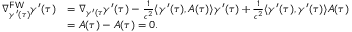
\begin{array} { r l } { \nabla _ { \gamma ^ { \prime } ( \tau ) } ^ { \mathsf { F W } } \gamma ^ { \prime } ( \tau ) } & { = \nabla _ { \gamma ^ { \prime } ( \tau } \gamma ^ { \prime } ( \tau ) - \frac { 1 } { c ^ { 2 } } \langle \gamma ^ { \prime } ( \tau ) , A ( \tau ) \rangle \gamma ^ { \prime } ( \tau ) + \frac { 1 } { c ^ { 2 } } \langle \gamma ^ { \prime } ( \tau ) , \gamma ^ { \prime } ( \tau ) \rangle A ( \tau ) } \\ & { = A ( \tau ) - A ( \tau ) = 0 . } \end{array}